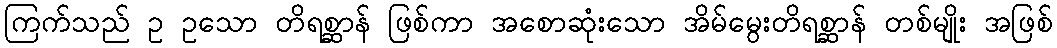
ကြက်သည် ဥ ဥသော တိရစ္ဆာန် ဖြစ်ကာ အစောဆုံးသော အိမ်မွေးတိရစ္ဆာန် တစ်မျိုး အဖြစ်